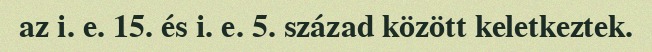
az i. e. 15. és i. e. 5. század között keletkeztek.